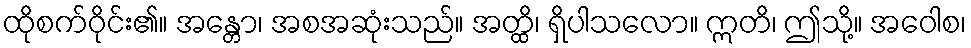
ထိုစက်ဝိုင်း၏။ အန္တော၊ အစအဆုံးသည်။ အတ္ထိ၊ ရှိပါသလော။ ဣတိ၊ ဤသို့။ အဝေါစ၊